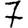
Digit: 7